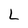
Character: L